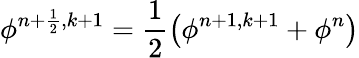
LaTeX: \phi^{n+\frac{1}{2},k+1}=\frac{1}{2}\left(\phi^{n+1,k+1}+\phi^{n}\right)